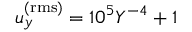
u _ { y } ^ { \mathrm { ( r m s ) } } = 1 0 ^ { 5 } Y ^ { - 4 } + 1